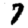
Digit: 7